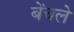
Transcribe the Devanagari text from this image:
बेंचले